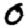
Digit: 0